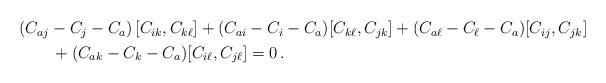
LaTeX: \begin{align*}\begin{aligned}&(C_{aj}-C_j-C_a)\,[C_{ik},C_{k\ell}] +(C_{ai}-C_i-C_a)[C_{k\ell},C_{jk}] +(C_{a\ell}-C_\ell-C_a) [C_{ij},C_{jk}] \\& \qquad+(C_{ak}-C_k-C_a)[C_{i\ell},C_{j\ell}] =0\,.\end{aligned}\end{align*}